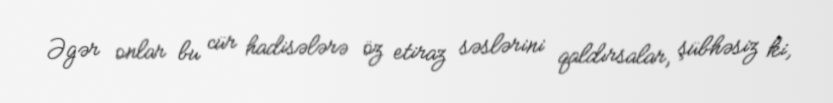
Əgər onlar bu cür hadisələrə öz etiraz səslərini qaldırsalar, şübhəsiz ki,